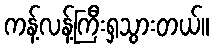
ကန့်လန့်ကြီးရှသွားတယ်။